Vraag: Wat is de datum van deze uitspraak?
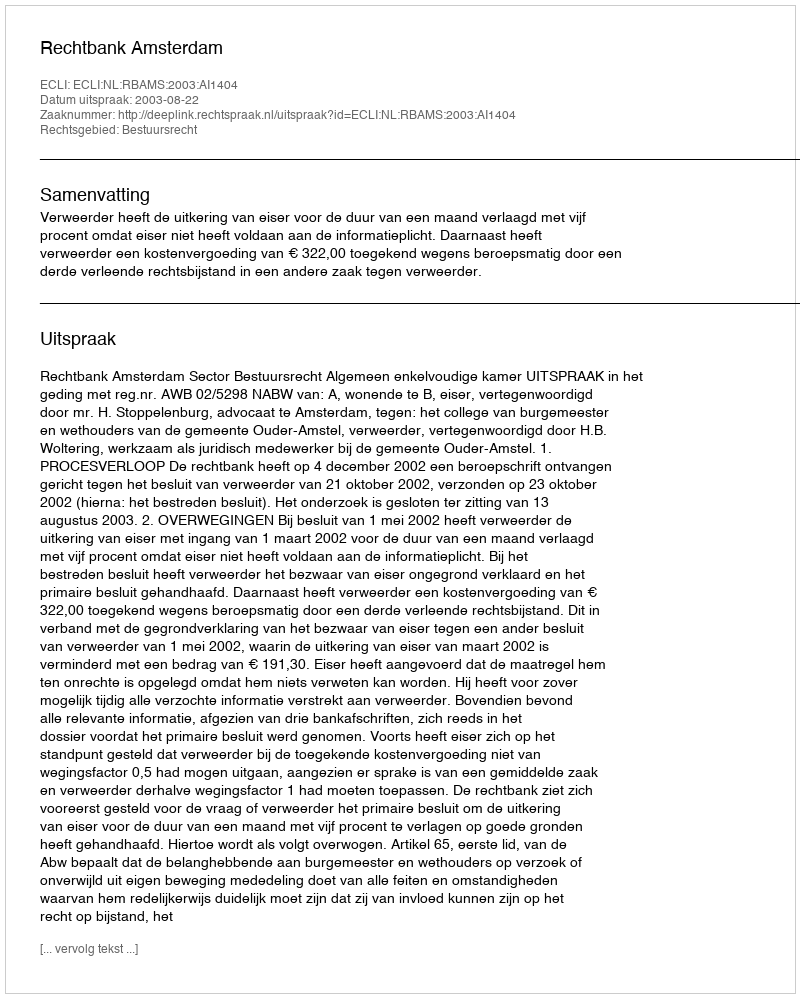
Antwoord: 2003-08-22